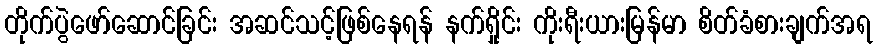
တိုက်ပွဲဖော်ဆောင်ခြင်း အဆင်သင့်ဖြစ်နေရန် နက်ရှိုင်း ကိုးရီးယားမြန်မာ စိတ်ခံစားချက်အရ